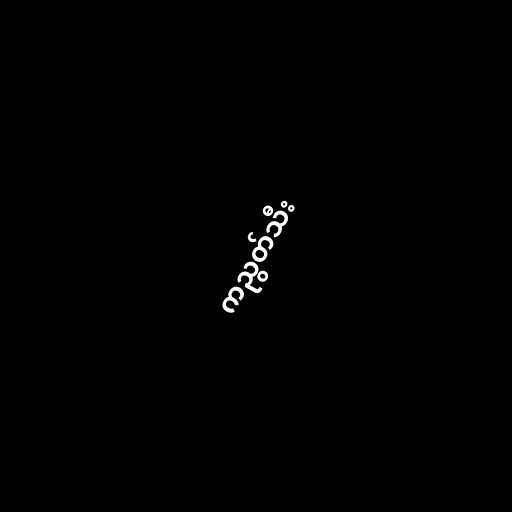
ကညွတ်သီး